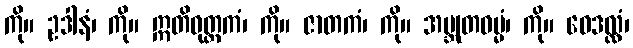
ကို။ ဥဒါနံ၊ ကို။ ဣတိဝုတ္တကံ၊ ကို။ ဇာတကံ၊ ကို။ အဗ္ဘုတဓမ္မံ၊ ကို။ ဝေဒလ္လံ၊